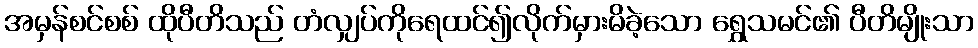
အမှန်စင်စစ် ထိုပီတိသည် တံလျှပ်ကိုရေထင်၍လိုက်မှားမိခဲ့သော ရွှေသမင်၏ ပီတိမျိုးသာ